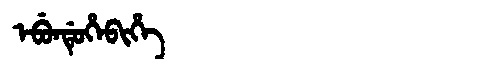
Manchu: ᡝᠪᡠᠨᡩᡠᡥᡝᠪᡳᡥᡝ
Romanization: EBUNDUHEBIHE